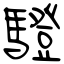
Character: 䮴